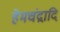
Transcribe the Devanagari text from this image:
हेमचंद्रादि